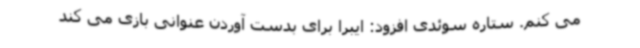
می کنم. ستاره سوئدی افزود: ایبرا برای بدست آوردن عنوانی بازی می کند